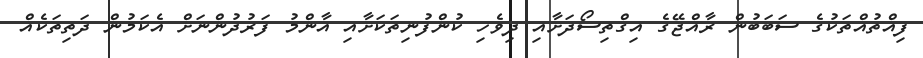
ފިއްތުއްތަކުގެ ސަބަބުން ރާއްޖޭގެ އިގްތިސޯދަށާއި ދިވެހި ކުންފުނިތަކަށާއި އާންމު ފަރުދުންނަށް އެކަމުން ދަތިތަކެއް